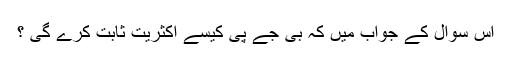
اس سوال کے جواب میں کہ بی جے پی کیسے اکثریت ثابت کرے گی ؟